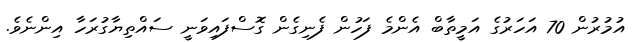
އުމުރުން 70 އަހަރުގެ އަމީތާބް އެންމެ ފަހުން ފެނިގެން ގޮސްފައިވަނީ ސައްތިޔާގުރަހާ އިންނެވެ.